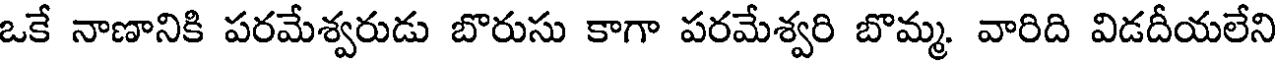
ఒకే నాణానికి పరమేశ్వరుడు బొరుసు కాగా పరమేశ్వరి బొమ్మ. వారిది విడదీయలేని